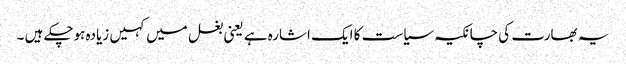
یہ بھارت کی چانکیہ سیاست کا ایک اشارہ ہے یعنی بغل میں کہیں زیادہ ہوچکے ہیں ۔